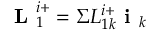
\textbf { L } _ { 1 } ^ { i + } = \Sigma L _ { 1 k } ^ { i + } \textbf { i } _ { k }